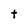
Character: t